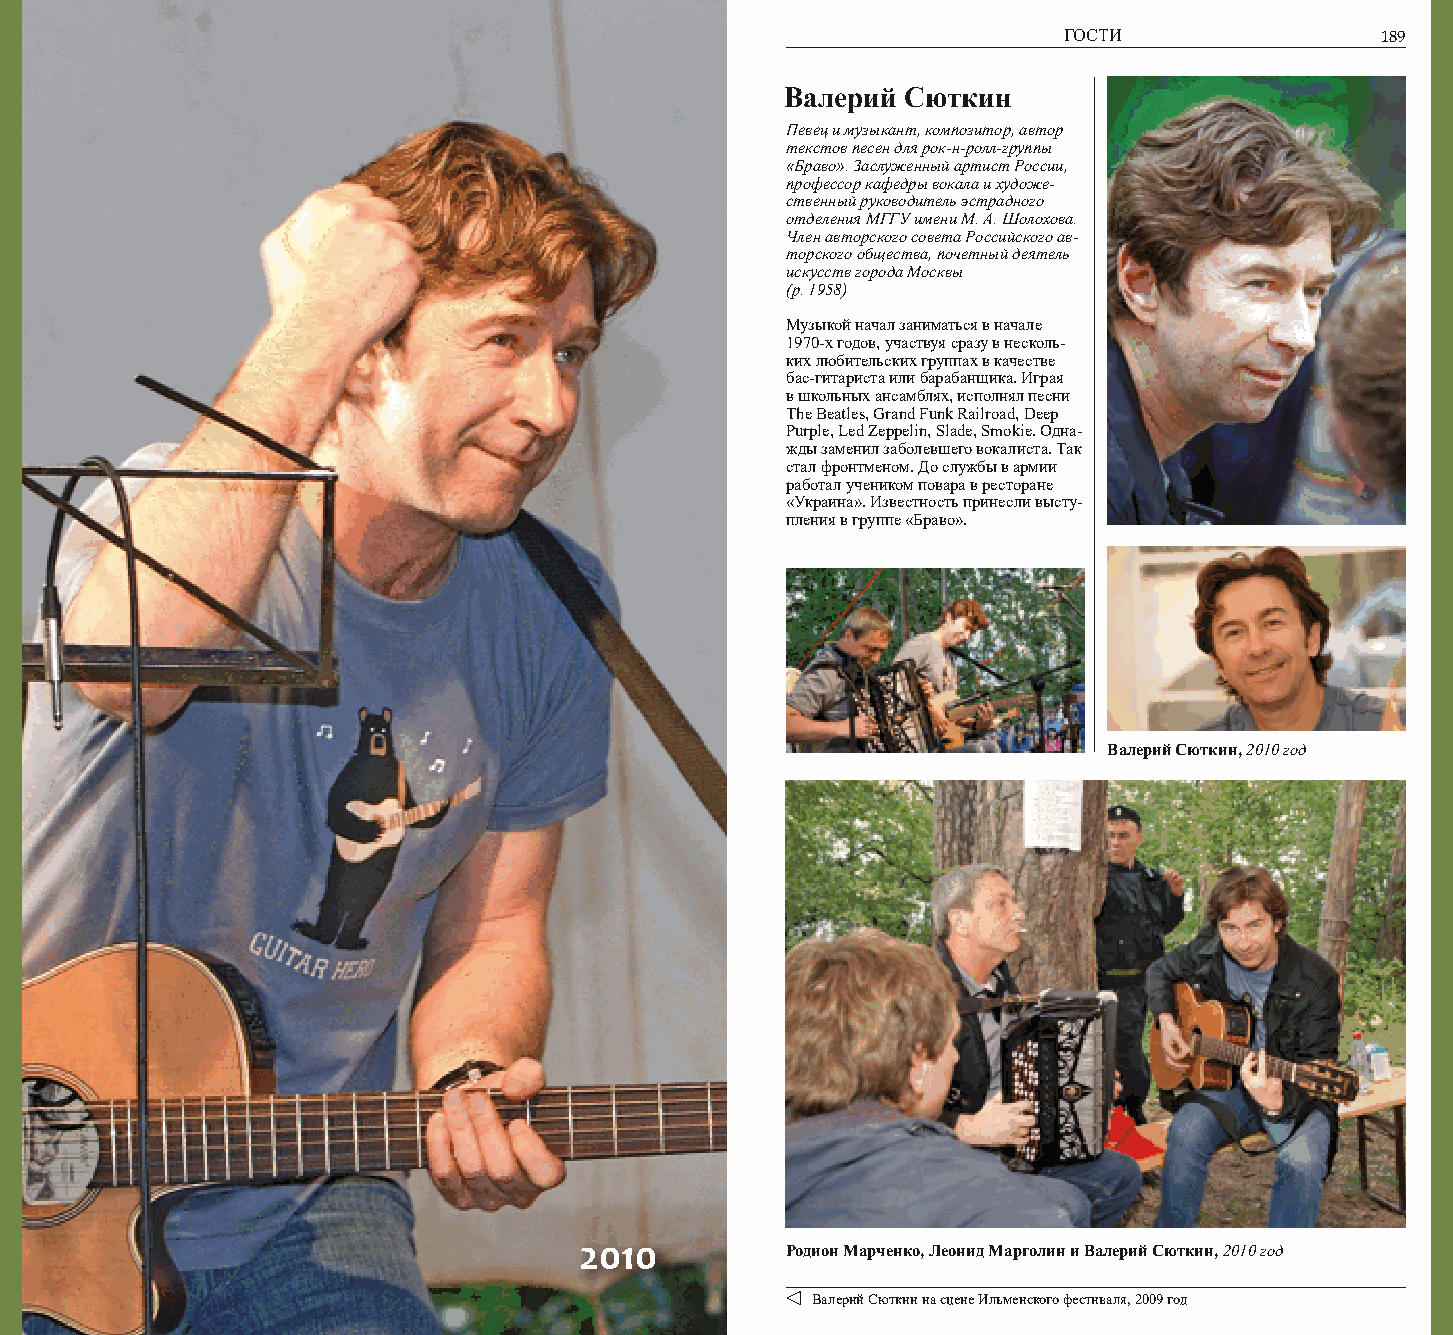
188                                                                ГОСТИ                189
 Валерий Сюткин
 Певец и музыкант, композитор, автор
 текстов песен для рок-н-ролл-группы
 «Браво». Заслуженный артист России,
 профессор кафедры вокала и художе-
 ственный руководитель эстрадного
 отделения МГГУ имени М. А. Шолохова.
 Член авторского совета Российского ав-
 торского общества, почетный деятель
 искусств города Москвы
 (р. 1958)
 Музыкой начал заниматься в начале
 1970-х годов, участвуя сразу в несколь-
 ких любительских группах в качестве
 бас-гитариста или барабанщика. Играя
 в школьных ансамблях, исполнял песни
 The Beatles, Grand Funk Railroad, Deep
 Purple, Led Zeppelin, Slade, Smokie. Одна-
 жды заменил заболевшего вокалиста. Так
 стал фронтменом. До службы в армии
 работал учеником повара в ресторане
 «Украина». Известность принесли высту-
 пления в группе «Браво».
 Валерий Сюткин, 2010 год
 2010          Родион Марченко, Леонид Марголин и Валерий Сюткин, 2010 год
 Валерий Сюткин на сцене Ильменского фестиваля, 2009 год